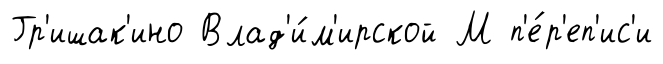
Гр'ишак'ино Влад'и́м'ирской М п'е́р'еп'ис'и